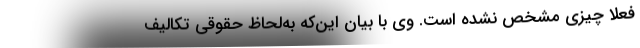
فعلاً چیزی مشخص نشده است. وی با بیان این‌که به‌لحاظ حقوقی تکالیف